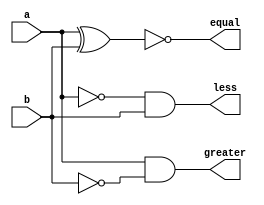
module comp(input a, b , output less , output greater , output equal);
assign equal=~(a^b);
assign less=(~a) & b;
assign greater=a&(~b);
endmodule